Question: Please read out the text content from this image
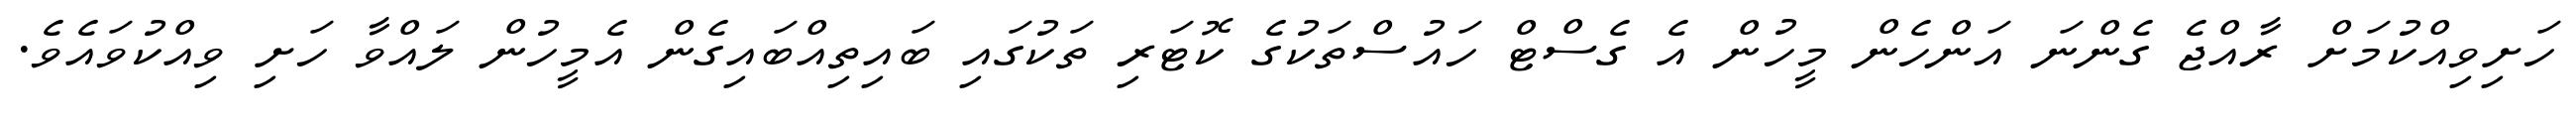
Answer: ހަށިވިއްކުމަށް ރާއްޖެ ގެންނަ އަންހެން މީހުން އެ ގެސްޓް ހައުސްތަކުގެ ކޮޓަރި ތަކުގައި ބައިތިއްބައިގެން އެމީހުން ލައްވާ ހަށި ވިއްކުވައެވެ.